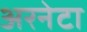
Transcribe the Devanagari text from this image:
अरनेटा